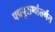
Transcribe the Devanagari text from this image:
पद्मपुराणांतर्गत